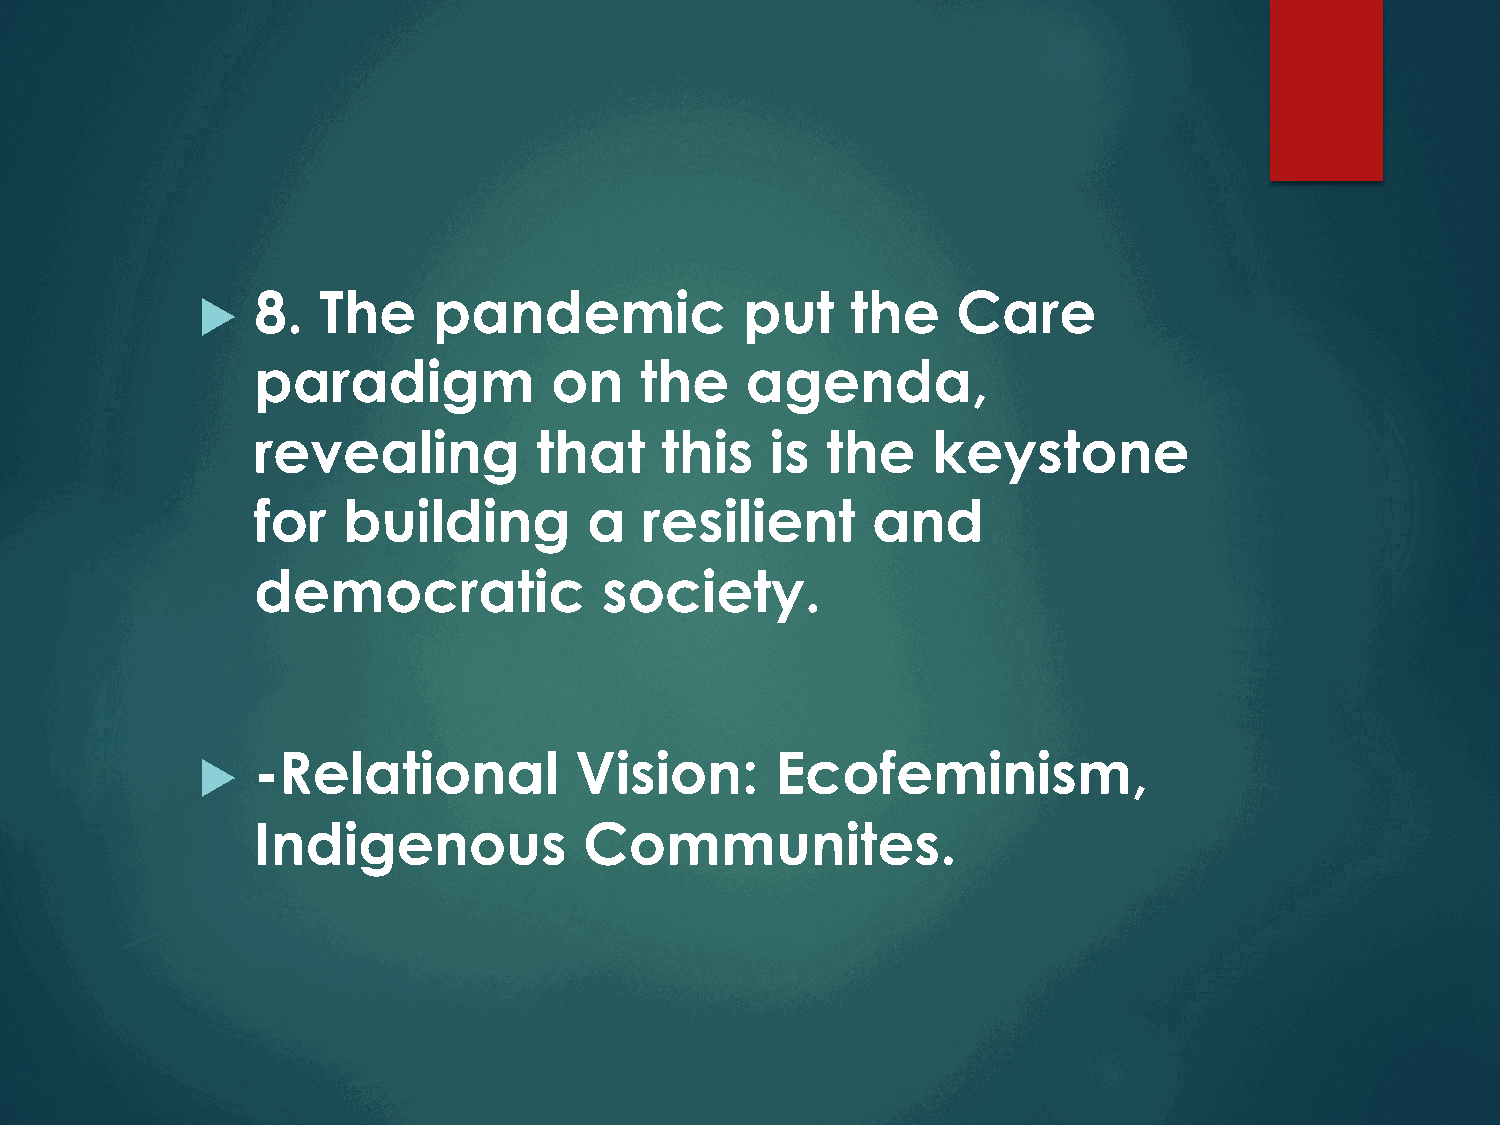
8.  The     pandemic            put    the    Care
 u
 paradigm           on    the    agenda,
 revealing          that    this   is  the    keystone
 for   building        a   resilient      and
 democratic             society.
 -Relational          Vision:      Ecofeminism,
 u
 Indigenous            Communites.